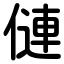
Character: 僆